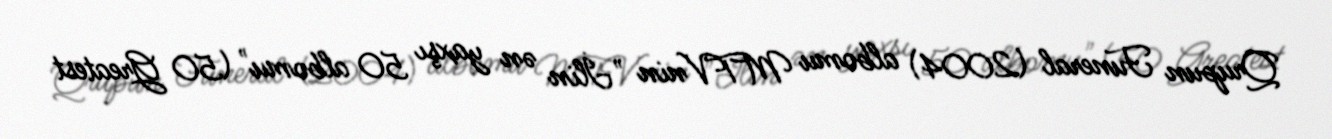
Qrupun Funeral (2004) albomu MTV'nin "İlin ən yaxşı 50 albomu" (50 Greatest